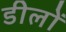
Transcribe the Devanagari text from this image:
डीलों